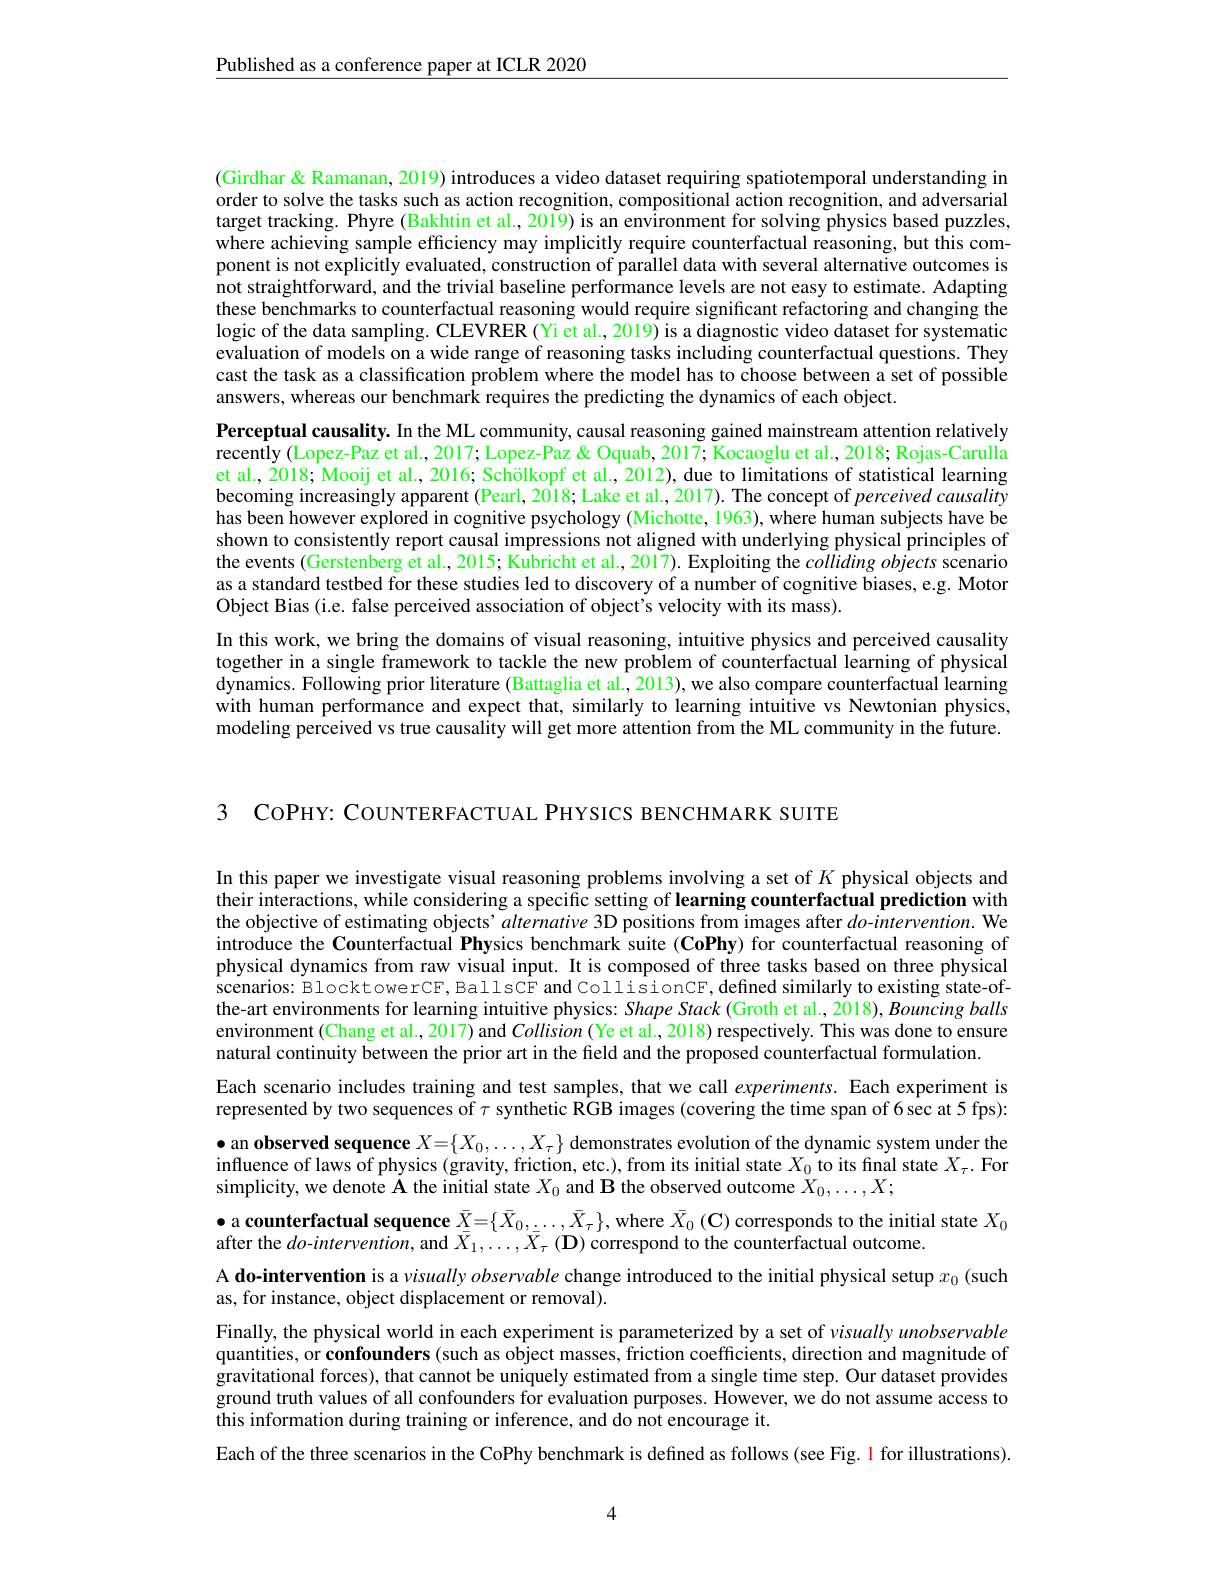
$\underline{\text{Published as a conference paper at ICLR 2020}}$

(Girdhar & Ramanan, 2019) introduces a video dataset requiring spatiotemporal understanding in order to solve the tasks such as action recognition, compositional action recognition, and adversarial target tracking. Phyre (Bakhtin et al., 2019) is an environment for solving physics based puzzles, where achieving sample efficiency may implicitly require counterfactual reasoning, but this component is not explicitly evaluated, construction of parallel data with several alternative outcomes is not straightforward, and the trivial baseline performance levels are not easy to estimate. Adapting these benchmarks to counterfactual reasoning would require significant refactoring and changing the logic of the data sampling. CLEVRER (Yi et al., 2019) is a diagnostic video dataset for systematic evaluation of models on a wide range of reasoning tasks including counterfactual questions. They cast the task as a classification problem where the model has to choose between a set of possible answers, whereas our benchmark requires the predicting the dynamics of each object.
Perceptual causality. In the ML community, causal reasoning gained mainstream attention relatively recently (Lopez-Paz et al., 2017; Lopez-Paz & Oquab, 2017; Kocaoglu et al., 2018; Rojas-Carulla et al., 2018; Mooij et al., 2016; Schölkopf et al., 2012), due to limitations of statistical learning becoming increasingly apparent (Pearl, 2018; Lake et al., 2017). The concept of perceived causality has been however explored in cognitive psychology (Michotte, 1963), where human subjects have be shown to consistently report causal impressions not aligned with underlying physical principles of the events (Gerstenberg et al., 2015; Kubricht et al., 2017). Exploiting the collidingobjects scenario as a standard testbed for these studies led to discovery of a number of cognitive biases, e.g. Motor Object Bias (i.e. false perceived association of object's velocity with its mass).
In this work, we bring the domains of visual reasoning, intuitive physics and perceived causality together in a single framework to tackle the new problem of counterfactual learning of physical dynamics. Following prior literature (Battaglia et al., 2013), we also compare counterfactual learning with human performance and expect that, similarly to learning intuitive vs Newtonian physics, modeling perceived vs true causality will get more attention from the ML community in the future.

3 CoPHY: COUNTERFACTUAL PHYSICS BENCHMARK SUITE

In this paper we investigate visual reasoning problems involving a set of $K$ physical objects and their interactions, while considering a specific setting of learning counterfactual prediction with the objective of estimating objects'alternative 3D positions from images after $do-intervention.$ We introduce the Counterfactual Physics benchmark suite (CoPhy) for counterfactual reasoning of physical dynamics from raw visual input. It is composed of three tasks based on three physical scenarios: BlocktowerCF, BallsCF and CollisionCF, defined similarly to existing state-ofthe-art environments for learning intuitive physics: Shape Stack (Groth et al., 2018), Bouncing balls environment (Chang et al., 2017) and Collision (Ye et al., 2018) respectively. This was done to ensure natural continuity between the prior art in the field and the proposed counterfactual formulation.
Each scenario includes training and test samples, that we call experiments. Each experiment is represented by two sequences of $\tau$ synthetic RGB images (covering the time span of 6 sec at 5 fps): $\bullet$ an observed sequence $X=\{X_0,\ldots,X_\tau\}$ demonstrates evolution of the dynamic system under the influence of laws of physics (gravity, friction, etc.), from its initial state $X_0$ to its final state $X_\tau.$ For simplicity, we denote A the initial state $X_0$ and B the observed outcome $X_0,\ldots,X;$
$\bullet$a counterfactual sequence $\bar{X}=\{\bar{X}_0,\ldots,\bar{X}_\tau\}$, where $\bar{X}_0\left(\mathbf{C}\right)$ corresponds to the initial state $X_0$
after the $do$-intervention, and $\bar{X}_1,\ldots,\bar{X}_\tau(\mathbf{D})$ correspond to the counterfactual outcome.
A do-intervention is a $visually\textit{observable change introduced to the initial physical setup }x_0$ (such
as, for instance, object displacement or removal).
Finally, the physical world in each experiment is parameterized by a set of visually unobservable quantities, or confounders (such as object masses, friction coefficients, direction and magnitude of gravitational forces), that cannot be uniquely estimated from a single time step. Our dataset provides ground truth values of all confounders for evaluation purposes. However, we do not assume access to this information during training or inference, and do not encourage it.
Each of the three scenarios in the CoPhy benchmark is defined as follows (see Fig. l for illustrations).

4